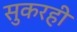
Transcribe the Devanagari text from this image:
सुकरही